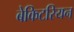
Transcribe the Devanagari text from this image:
बेकिटरियन